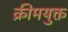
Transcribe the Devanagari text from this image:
क्रीमयुक्त